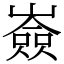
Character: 𡽗